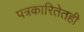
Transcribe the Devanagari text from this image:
पत्रकारितेतही